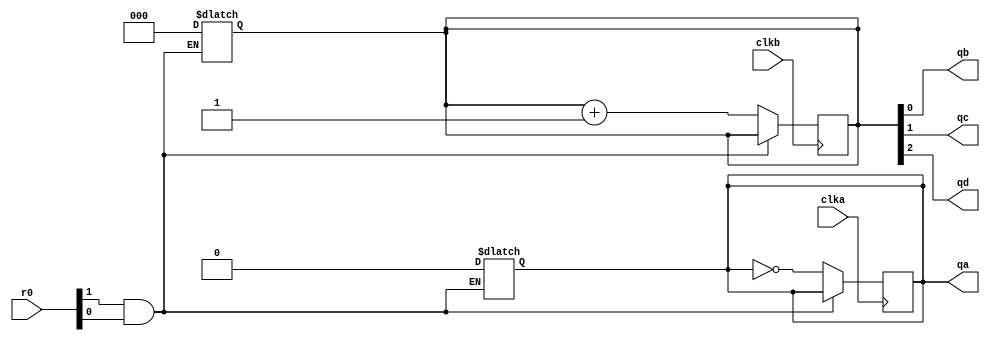
module sn74ls293(qa, qb, qc, qd, clka, clkb, r0);
input clka, clkb;
input [1:0] r0;
output qa, qb, qc, qd;
reg cnta;
reg [2:0] cntbcd;
wire res0;

parameter 
	// TI TTL data book Vol 1, 1985
	tPLHA_min=0, tPLHA_typ=10, tPLHA_max=16,	//TPL CLK1 -> QA
	tPHLA_min=0, tPHLA_typ=12, tPHLA_max=18,
	tPLHB_min=0, tPLHB_typ=10, tPLHB_max=16,	//TPL CLK2 -> QB
	tPHLB_min=0, tPHLB_typ=14, tPHLB_max=21,
	tPLHC_min=0, tPLHC_typ=21, tPLHC_max=32,	//TPL CLK2 -> QC
	tPHLC_min=0, tPHLC_typ=23, tPHLC_max=35,
	tPLHD_min=0, tPLHD_typ=34, tPLHD_max=51,	//TPL CLK2 -> QD
	tPHLD_min=0, tPHLD_typ=34, tPHLD_max=51;

nand(res0, r0[1], r0[0]);

always @(res0)
begin
  if (res0==0) begin
	cnta <= 'b0;
	cntbcd <= 3'b000;
  end
end

/* counter A */
always @(negedge clka)
begin
	if (res0==1)
	begin
		cnta <= ~cnta;
	end
end
assign #(tPLHA_min:tPLHA_typ:tPLHA_max,
		 tPHLA_min:tPHLA_typ:tPHLA_max)
	qa = cnta;

always @(negedge clkb)
begin
	if (res0==1)
		cntbcd <= cntbcd+1;
end
assign #(tPLHB_min:tPLHB_typ:tPLHB_max,
		 tPHLB_min:tPHLB_typ:tPHLB_max)
	qb = cntbcd[0];
assign #(tPLHC_min:tPLHC_typ:tPLHC_max,
		 tPHLC_min:tPHLC_typ:tPHLC_max)
	qc = cntbcd[1];
assign #(tPLHD_min:tPLHD_typ:tPLHD_max,
		 tPHLD_min:tPHLD_typ:tPHLD_max)
	qd = cntbcd[2];

endmodule